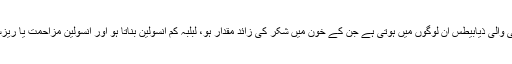
پہلی یعنی انسولین کی شدید کمی والی ذیابیطس ان لوگوں میں ہوتی ہے جن کے خون میں شکر کی زائد مقدار ہو، لبلبہ کم انسولین بناتا ہو اور انسولین مزاحمت یا ریزسٹینس درمیانے درجے کی ہو۔